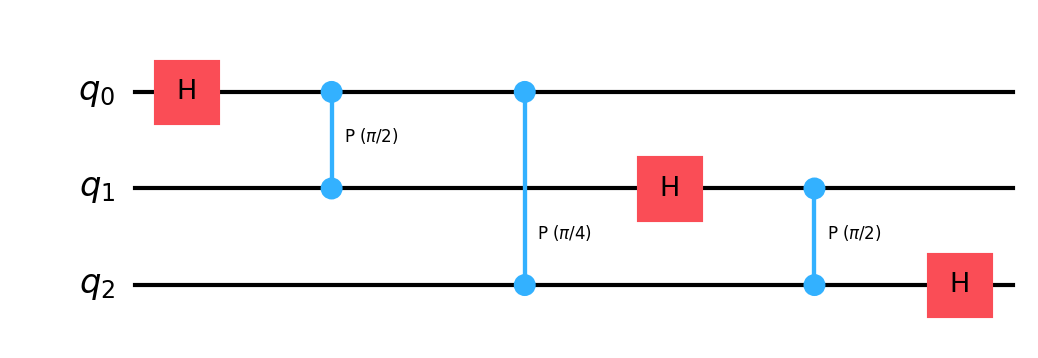
Description: 3-qubit QFT without final SWAP (different convention)
描述: 不含最终SWAP的3量子比特QFT
Category: visual_variants (difficulty: basic)
Qubits: 3, circuit depth: 5

Braket implementation:
import math
from braket.circuits import Circuit
circuit = Circuit()
circuit.h(0)
circuit.cphaseshift(1, 0, math.pi / 2)
circuit.cphaseshift(2, 0, math.pi / 4)
circuit.h(1)
circuit.cphaseshift(2, 1, math.pi / 2)
circuit.h(2)